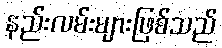
နည်းလမ်းများဖြစ်သည်